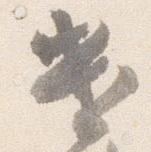
遣